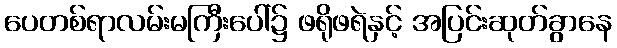
ပေတစ်ရာလမ်းမကြီးပေါ်၌ ဖရိုဖရဲနှင့် အပြင်းဆုတ်ခွာနေ